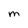
Character: M